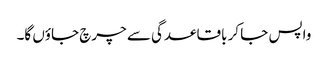
واپس جا کر باقاعدگی سے چرچ جاؤں گا۔